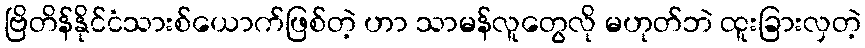
ဗြိတိန်နိုင်ငံသားစ်ယောက်ဖြစ်တဲ့ ဟာ သာမန်လူတွေလို မဟုတ်ဘဲ ထူးခြားလှတဲ့